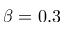
\beta = 0 . 3